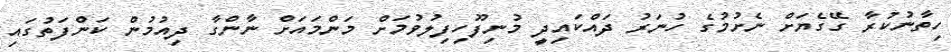
ހިތާނުކުރާ ގޭގެޔަށް ނެށުމުގެ ހުނަރު ދައްކައިދީ މުނިފޫހިފިލުވުމަށް މަންމައަށް ނާންގާ ދިއުމުން ކަންފަތުގައި